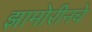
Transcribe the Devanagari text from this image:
झामोरीनचे